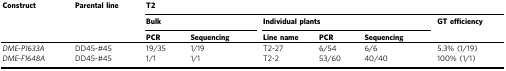
| <ROWSPAN=3> Construct | <ROWSPAN=3> Parental line | <COLSPAN=6> T2 |
 | <COLSPAN=2> Bulk | <COLSPAN=3> Individual plants | <ROWSPAN=2> GT efficiency |
 | PCR | Sequencing | Line name | PCR | Sequencing |
 | --- | --- | --- | --- | --- | --- | --- | --- |
 | DME-P1633A | DD45-#45 | 19/35 | 1/19 | T2-27 | 6/54 | 6/6 | 5.3% (1/19) |
 | DME-F1648A | DD45-#45 | 1/1 | 1/1 | T2-2 | 53/60 | 40/40 | 100% (1/1) |